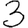
Digit: 3